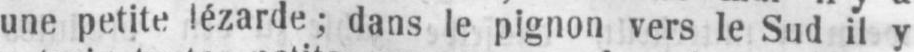
une petite lézarde; dans le pignon vers le Sud il y